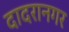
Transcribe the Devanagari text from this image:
दादरानगर